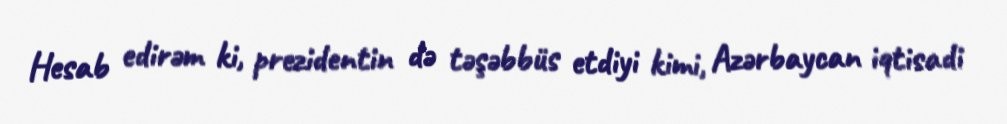
Hesab edirəm ki, prezidentin də təşəbbüs etdiyi kimi, Azərbaycan iqtisadi